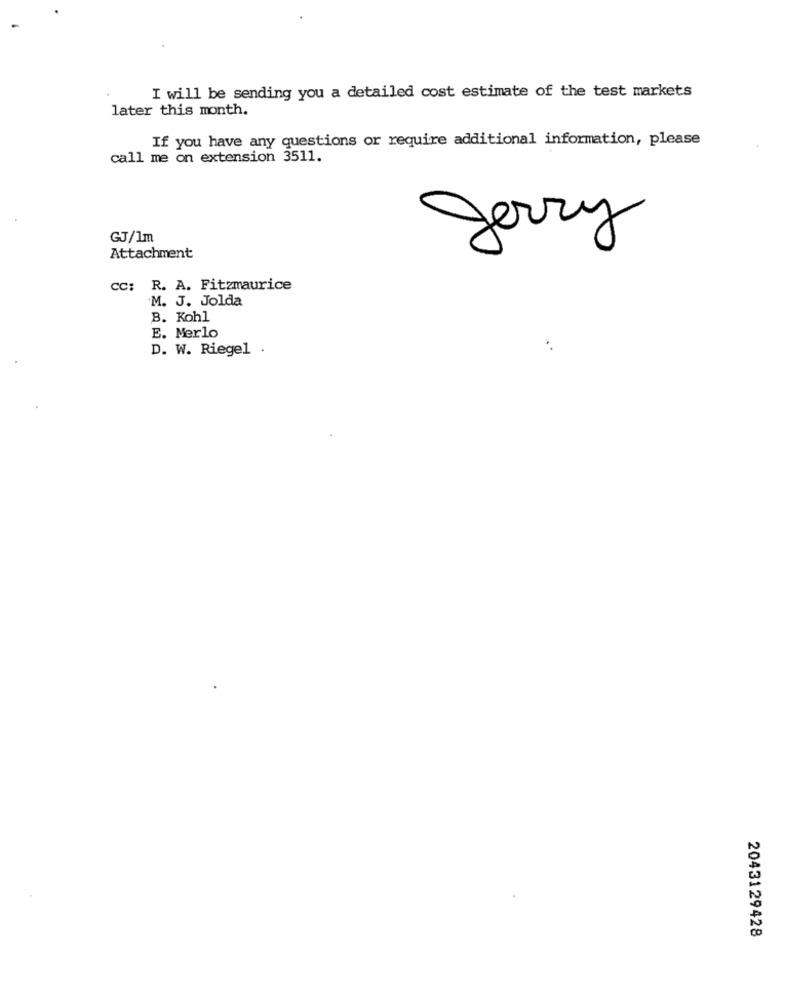
I will be sending you a detailed cost estimate of the test markets
later this month.
If you have any questions or require additional information, please
call me on extension 3511.
Jerry
GJ/1m
Attachment
cc: R. A. Fitzmaurice
M. J. Jolda
B. Kohl
E. Merlo
D. W. Riegel .
2043129428